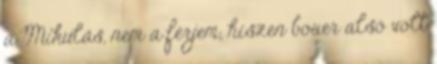
a Mikulás, nem a férjem, hiszen boxer alsó volt